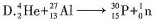
D. $$ _{2} ^ { 4 }He+ _{13} ^ { 27 }A1\rightarrow _{15} ^ { 30 }P+ _{0} ^ { 1 }n $$